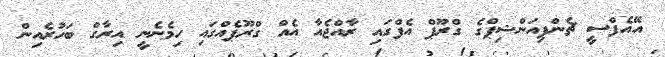
އޭއެފްސީ ޗެންޕިއަންޝިޕްގެ ގްރޫޕް އެފްގައި ރާއްޖެއާ އެއް ގްރޫޕެއްގައި ހިމެނެނީ އިރާގް ބަހުރެއިން